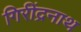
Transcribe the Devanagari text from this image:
गिरींद्रनाथ